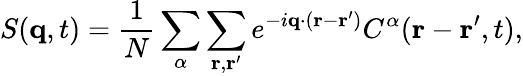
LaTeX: S(\mathbf{q},t)=\frac{1}{N}\sum_{\alpha}\sum_{\mathbf{r},\mathbf{r^{\prime}}}e^{-i\mathbf{q}\cdot(\mathbf{r}-\mathbf{r^{\prime}})}C^{\alpha}(\mathbf{r}-\mathbf{r^{\prime}},t),